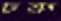
চরু